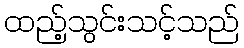
ထည့်သွင်းသင့်သည်